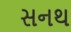
સનથ